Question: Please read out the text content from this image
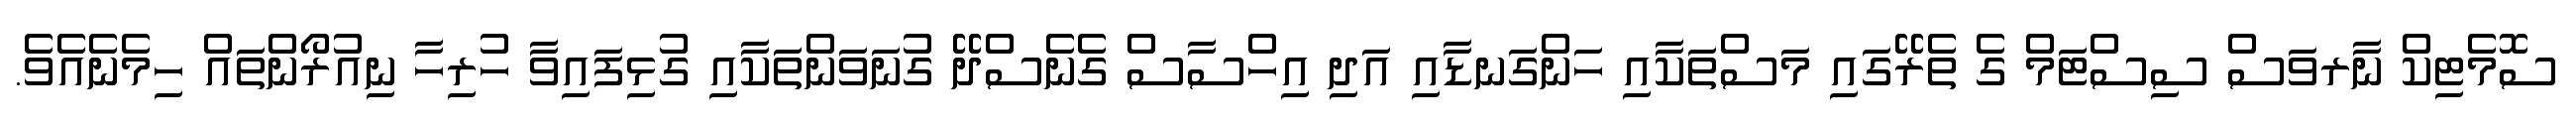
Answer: ސޮމެޓިކް ނާރވަސް ސިސްޓަމް ގެ ތެރޭގައި މަސްތަކާއި ހަންގަނޑާއި އަދި އިހްސާސް ގެނެސްދޭ ގުނަވަންތަކާއި ގުޅިފައިވާ ހުރިހާ ނިއުރޯންތައް ހިމެނެއެވެ.